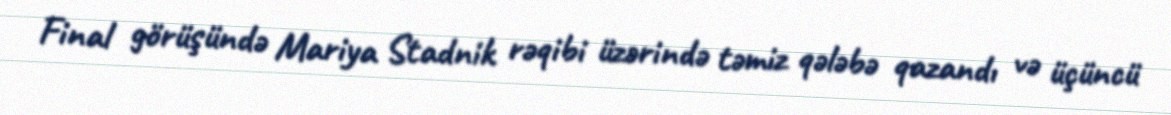
Final görüşündə Mariya Stadnik rəqibi üzərində təmiz qələbə qazandı və üçüncü